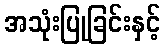
အသုံးပြုခြင်းနှင့်